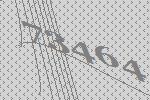
73464